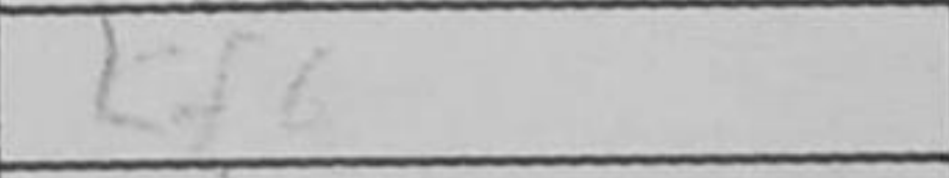
Transcription: Kf6